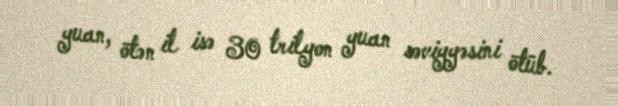
yuan, ötən il isə 30 trilyon yuan səviyyəsini ötüb.